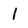
Character: l